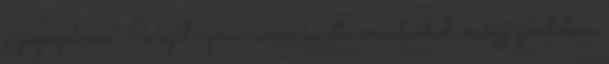
a popszakma”. Végül szerencsésen kiadta mindenhol, és úgy gondolom